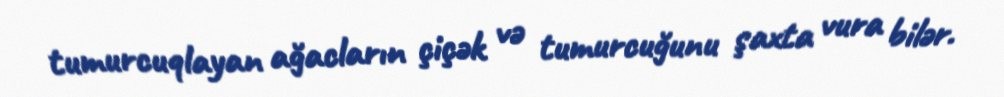
tumurcuqlayan ağacların çiçək və tumurcuğunu şaxta vura bilər.